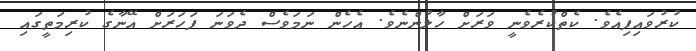
ކުރުވައިފިއެވެ. ކެތްކުރެވެނީ ވަރަށް ހާލުންނެވެ. އެހެން ނަމަވެސް ދެވަނަ ފަހަރަށް އޭނާގެ ކުރިމަތީގައި